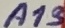
Text: A13